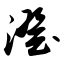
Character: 澄